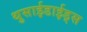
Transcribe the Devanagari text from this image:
थुसाईडाईड्स